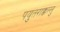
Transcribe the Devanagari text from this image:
पयुतराक्कल्लु